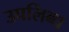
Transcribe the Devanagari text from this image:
उपलिब्ध